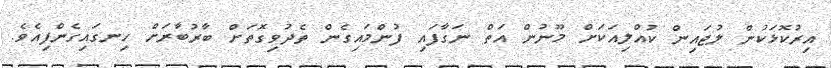
އިރުކޮޅަކުން ލުޖައިން ކުއްލިއަކަށް މޫނުން އަތް ނަގާފައި ފުންމައިގެން ތެދުވިގޮތަށް ބާރުބާރަށް ހިނގައިގެންފިއެވެ.